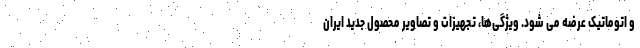
و اتوماتیک عرضه می شود. ویژگی‌ها،‌ تجهیزات و تصاویر محصول جدید ایران